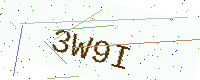
Text: 3W9I